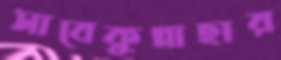
সাবেকুন্নাহার